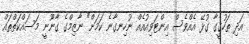
އަދި ތަހުގީގާ ގުޅޭ އެއްވެސް އިންޓަވިއުއެއް ނުހިނގާނެ ކަމަށް" ނާޒިމްގެ ގާނޫނީ މަސައްކަތްތައް